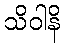
သိဝါနိ